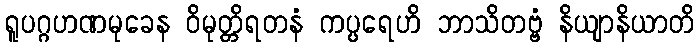
ရူပဂ္ဂဟဏမုခေန ဝိမုတ္တိရတနံ ကပ္ပရေဟိ ဘာသိတဗ္ဗံ နိယျာနိယာတိ